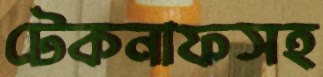
টেকনাফসহ